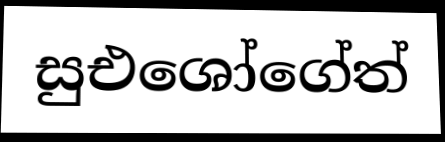
සුඑශෝගේත්